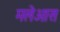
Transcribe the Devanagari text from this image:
मलेआस